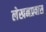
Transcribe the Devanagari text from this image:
लेखनप्रवास